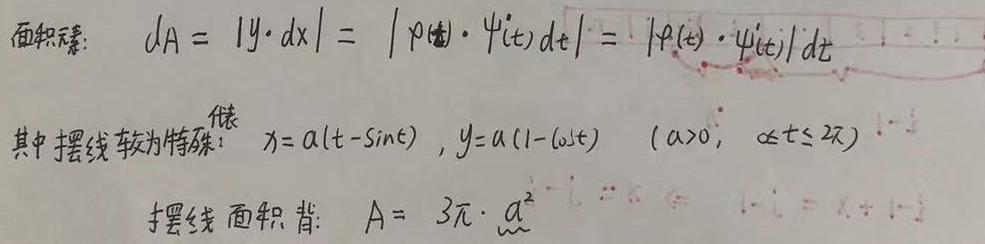
面积元素：
\[
dA = |y\cdot dx| = |\varphi(t)\cdot \psi'(t)dt| = |\varphi(t)\cdot \psi'(t)|dt
\]
其中摆线较为特殊：
\[
x = a(t - \sin t), y = a(1 - \cos t) \quad (a > 0, 0\leq t\leq 2\pi)
\]
摆线面积：
\[
A = 3\pi\cdot a^{2}
\]